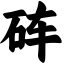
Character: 砗